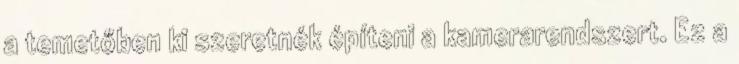
a temetőben ki szeretnék építeni a kamerarendszert. Ez a